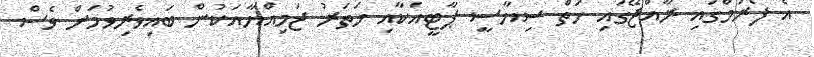
އެ ފޯރަމްގައި ރާއްޖޭގައި ހަތް ސިޔާސީ ޕާޓީއަކާއި ހަތަރު ޖަމިއްޔާއަކުން ބައިވެރިވުމަށް ވެސް